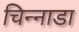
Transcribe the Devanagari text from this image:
चिन्नाडा